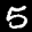
Label: 5